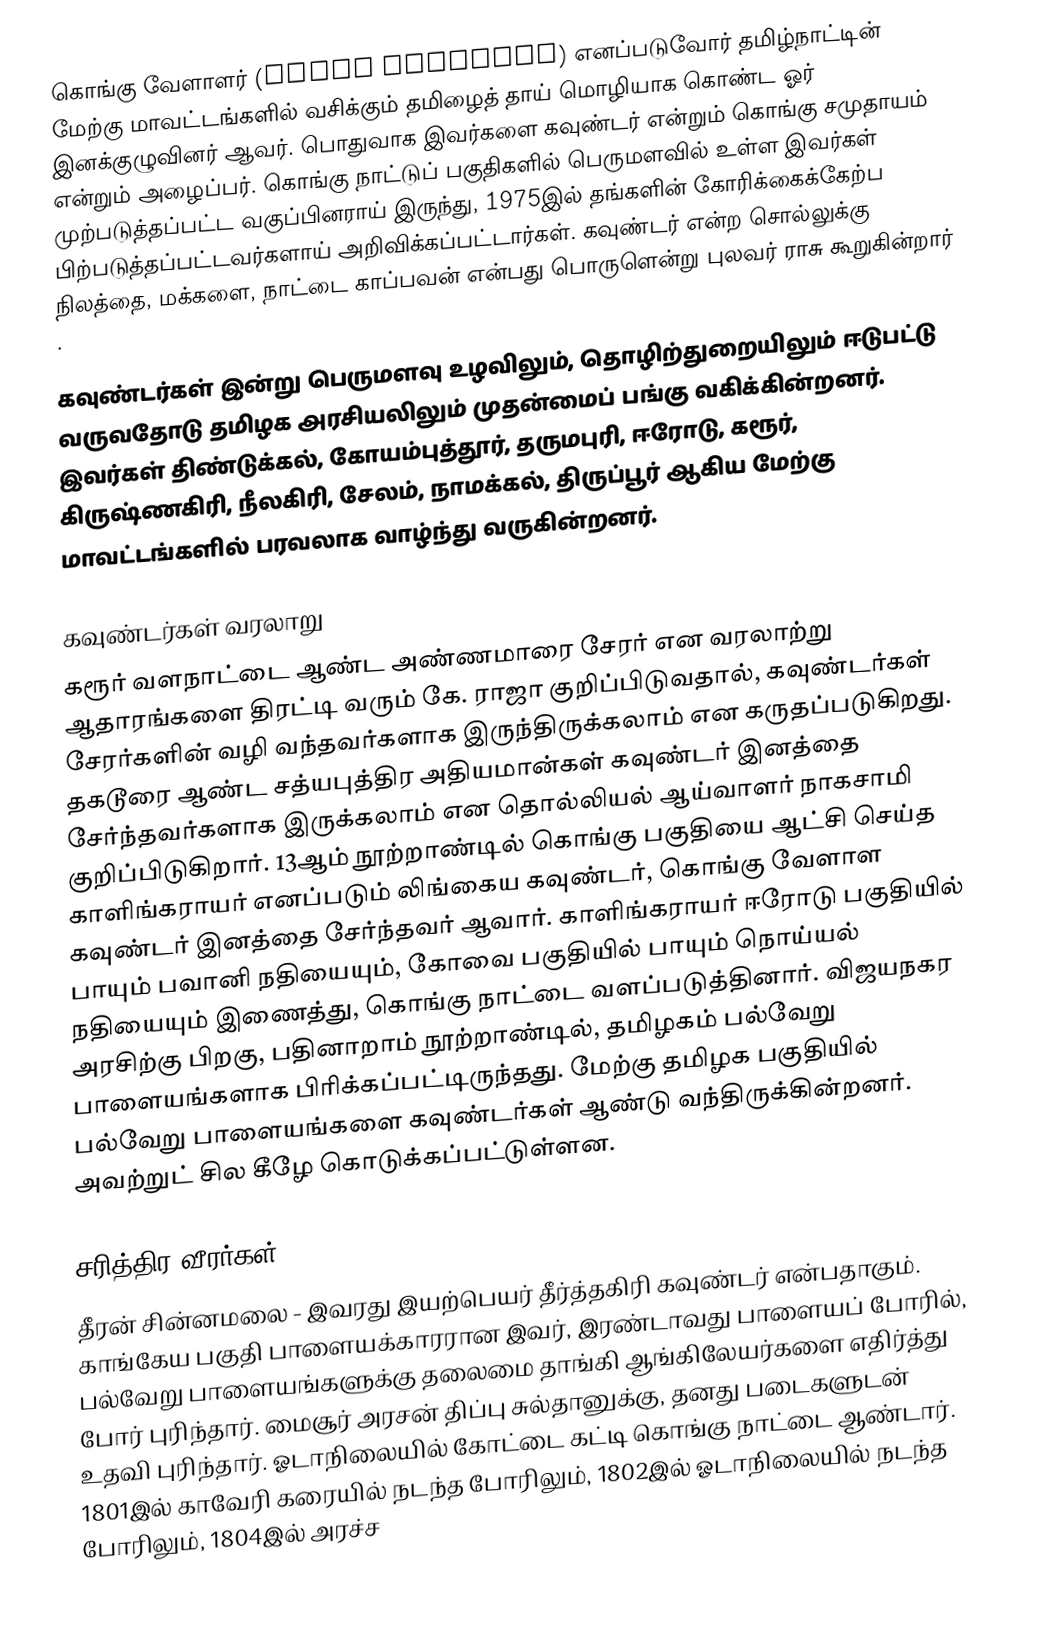
கொங்கு வேளாளர் (Kongu Vellalar) எனப்படுவோர் தமிழ்நாட்டின் மேற்கு மாவட்டங்களில் வசிக்கும் தமிழைத் தாய் மொழியாக கொண்ட ஓர் இனக்குழுவினர் ஆவர். பொதுவாக இவர்களை கவுண்டர் என்றும் கொங்கு சமுதாயம் என்றும் அழைப்பர். கொங்கு நாட்டுப் பகுதிகளில் பெருமளவில் உள்ள இவர்கள் முற்படுத்தப்பட்ட வகுப்பினராய் இருந்து, 1975இல் தங்களின் கோரிக்கைக்கேற்ப பிற்படுத்தப்பட்டவர்களாய் அறிவிக்கப்பட்டார்கள். கவுண்டர் என்ற சொல்லுக்கு நிலத்தை, மக்களை, நாட்டை காப்பவன் என்பது பொருளென்று புலவர் ராசு கூறுகின்றார் .

கவுண்டர்கள் இன்று பெருமளவு உழவிலும், தொழிற்துறையிலும் ஈடுபட்டு வருவதோடு தமிழக அரசியலிலும் முதன்மைப் பங்கு வகிக்கின்றனர். இவர்கள் திண்டுக்கல், கோயம்புத்தூர், தருமபுரி, ஈரோடு, கரூர், கிருஷ்ணகிரி, நீலகிரி, சேலம், நாமக்கல், திருப்பூர் ஆகிய மேற்கு மாவட்டங்களில் பரவலாக வாழ்ந்து வருகின்றனர்.

கவுண்டர்கள் வரலாறு
கரூர் வளநாட்டை ஆண்ட அண்ணமாரை சேரர் என வரலாற்று ஆதாரங்களை திரட்டி வரும் கே. ராஜா குறிப்பிடுவதால், கவுண்டர்கள் சேரர்களின் வழி வந்தவர்களாக இருந்திருக்கலாம் என கருதப்படுகிறது. தகடூரை ஆண்ட சத்யபுத்திர அதியமான்கள் கவுண்டர் இனத்தை சேர்ந்தவர்களாக இருக்கலாம் என தொல்லியல் ஆய்வாளர் நாகசாமி குறிப்பிடுகிறார்.  13ஆம் நூற்றாண்டில் கொங்கு பகுதியை ஆட்சி செய்த காளிங்கராயர் எனப்படும் லிங்கைய கவுண்டர், கொங்கு வேளாள கவுண்டர் இனத்தை சேர்ந்தவர் ஆவார்.     காளிங்கராயர் ஈரோடு பகுதியில் பாயும் பவானி நதியையும், கோவை பகுதியில் பாயும் நொய்யல் நதியையும் இணைத்து, கொங்கு நாட்டை வளப்படுத்தினார். விஜயநகர அரசிற்கு பிறகு, பதினாறாம் நூற்றாண்டில், தமிழகம் பல்வேறு பாளையங்களாக பிரிக்கப்பட்டிருந்தது. மேற்கு தமிழக பகுதியில் பல்வேறு பாளையங்களை கவுண்டர்கள் ஆண்டு வந்திருக்கின்றனர். அவற்றுட் சில கீழே கொடுக்கப்பட்டுள்ளன.

சரித்திர வீரர்கள்
தீரன் சின்னமலை - இவரது இயற்பெயர் தீர்த்தகிரி கவுண்டர் என்பதாகும். காங்கேய பகுதி பாளையக்காரரான இவர், இரண்டாவது பாளையப் போரில், பல்வேறு பாளையங்களுக்கு தலைமை தாங்கி ஆங்கிலேயர்களை எதிர்த்து போர் புரிந்தார். மைசூர் அரசன் திப்பு சுல்தானுக்கு, தனது படைகளுடன் உதவி புரிந்தார். ஓடாநிலையில் கோட்டை கட்டி கொங்கு நாட்டை ஆண்டார். 1801இல் காவேரி கரையில் நடந்த போரிலும், 1802இல் ஓடாநிலையில் நடந்த போரிலும், 1804இல் அரச்ச